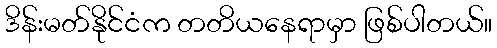
ဒိန်းမတ်နိုင်ငံက တတိယနေရာမှာ ဖြစ်ပါတယ်။